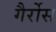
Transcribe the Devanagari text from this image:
गैर्रोस